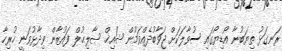
ރަނގަޅު ތިޔަބުނާ އޯޑިޔޯގައި ސުވާލަކަށް ޖަވާބުދެއްވަމުން ޝައިޚް ޞާލިޙުލް ފައުޒާން ވިދާޅުވަނީ ހުރިހާ